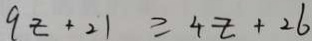
9 z + 2 1 \geq 4 z + 2 6